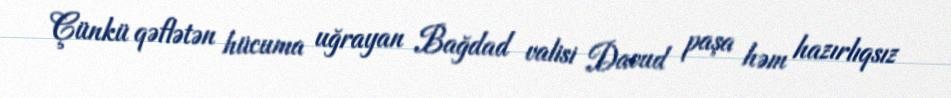
Çünkü qəflətən hücuma uğrayan Bağdad valisi Davud paşa həm hazırlıqsız